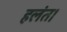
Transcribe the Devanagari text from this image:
हलंत।